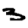
Digit: 3